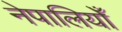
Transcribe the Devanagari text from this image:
नेपालियोँ